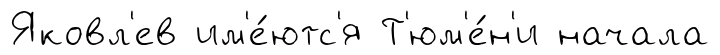
Яковл'ев им'е́ютс'я Т'юм'е́н'и начала